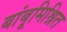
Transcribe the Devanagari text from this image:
बांबूमिश्रित